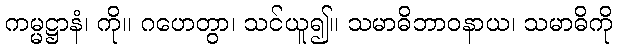
ကမ္မဋ္ဌာနံ၊ ကို။ ဂဟေတွာ၊ သင်ယူ၍။ သမာဓိဘာဝနာယ၊ သမာဓိကို